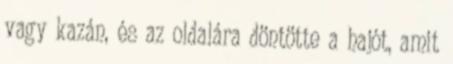
vagy kazán, és az oldalára döntötte a hajót, amit